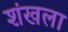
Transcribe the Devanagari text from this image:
शंखला